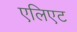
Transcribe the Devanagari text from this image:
एलिएट